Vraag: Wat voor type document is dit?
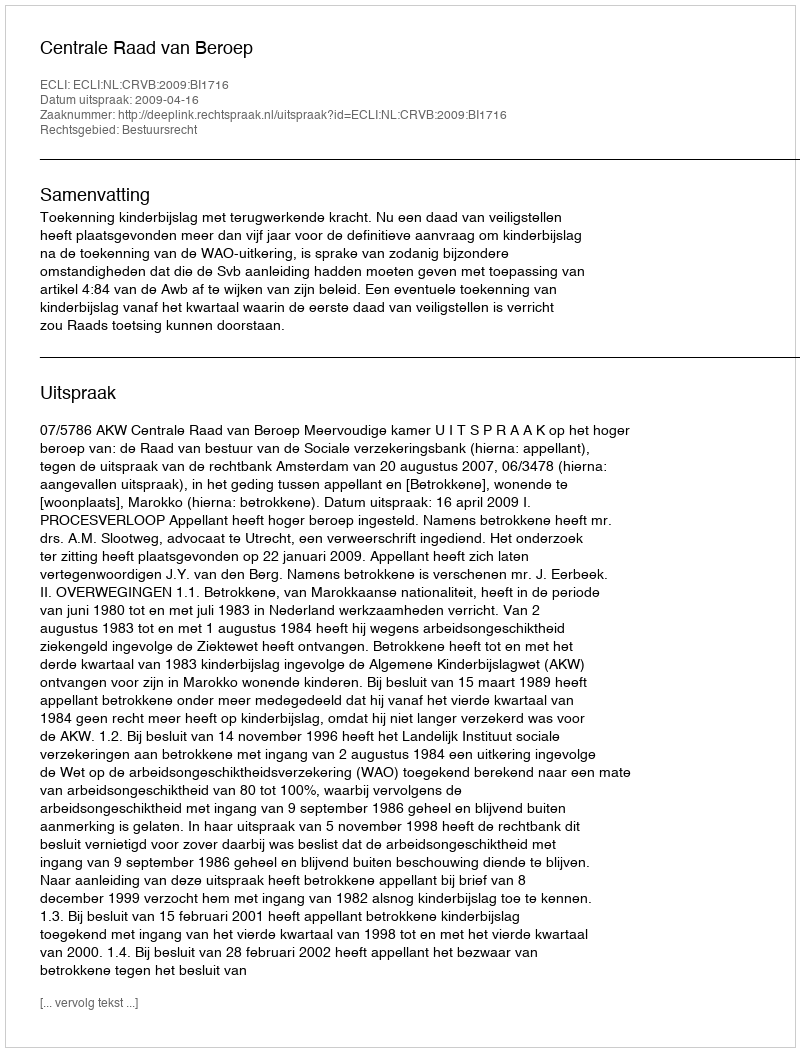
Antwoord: Uitspraak